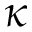
\kappa